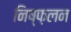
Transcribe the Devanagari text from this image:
निष्फ़लन